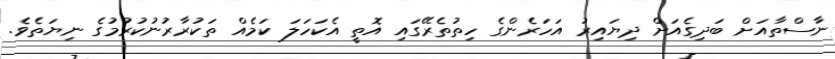
ނާސްތާއަށް ބަދިގެއަށް ދިޔައިރު އަހަރެންގެ ހިތުތެރޭގައި އޮތީ އެކަހަލަ ކަމެއް ތަކުރާރުނުކުރުމުގެ ނިޔަތެވެ.